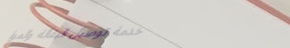
خدمة توصيل البقالة والموا